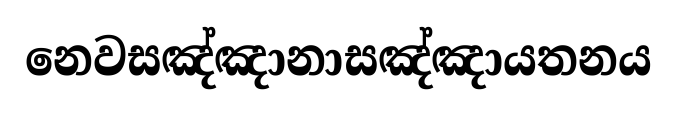
නෙවසඤ්ඤානාසඤ්ඤායතනය